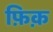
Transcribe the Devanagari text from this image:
फ़िक़